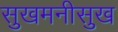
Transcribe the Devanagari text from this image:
सुखमनीसुख